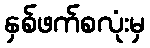
နှစ်ဖက်စလုံးမှ